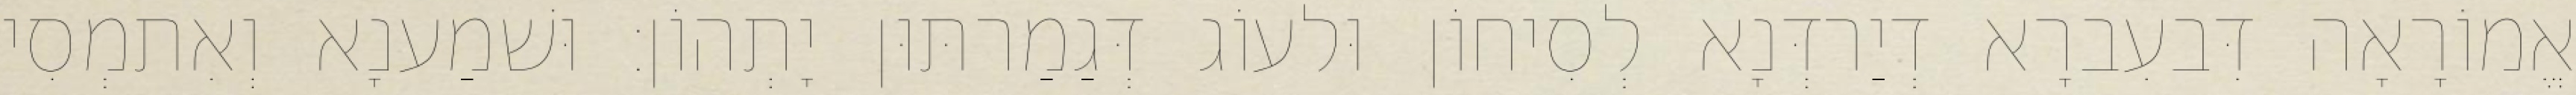
אֱמוֹרָאָה דִּבעִברָא דְיַרדְּנָא לְסִיחוֹן וּלעוֹג דְּגַמַרתּוּן יָתְהוֹן׃ וּשׁמַענָא וְאִתמְסִי